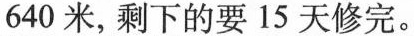
640米，剩下的要15天修完。